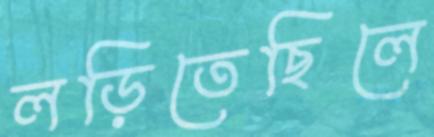
লড়িতেছিলে